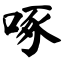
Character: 啄